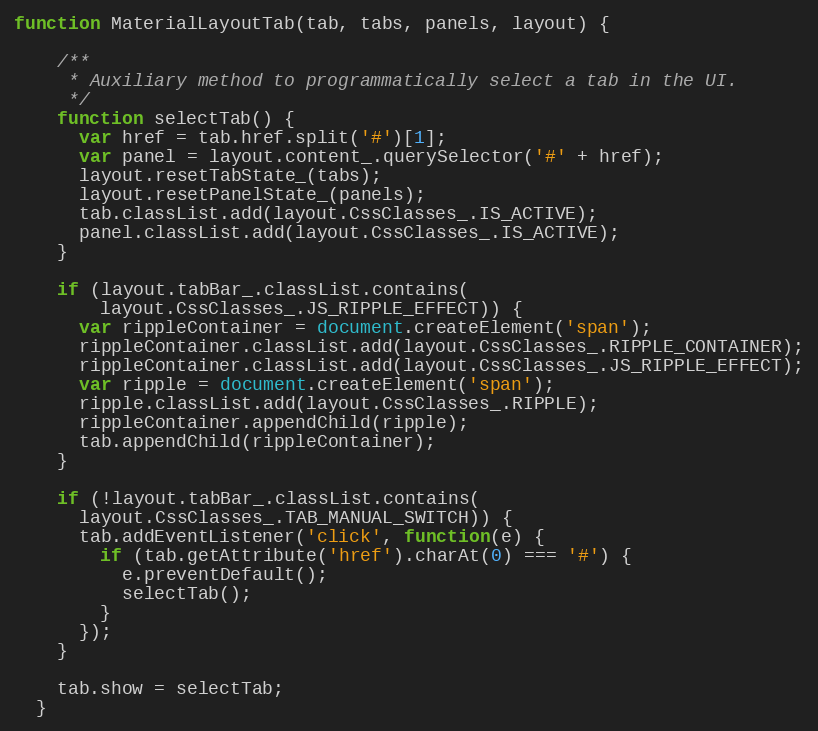
Language: JavaScript
function MaterialLayoutTab(tab, tabs, panels, layout) {

    /**
     * Auxiliary method to programmatically select a tab in the UI.
     */
    function selectTab() {
      var href = tab.href.split('#')[1];
      var panel = layout.content_.querySelector('#' + href);
      layout.resetTabState_(tabs);
      layout.resetPanelState_(panels);
      tab.classList.add(layout.CssClasses_.IS_ACTIVE);
      panel.classList.add(layout.CssClasses_.IS_ACTIVE);
    }

    if (layout.tabBar_.classList.contains(
        layout.CssClasses_.JS_RIPPLE_EFFECT)) {
      var rippleContainer = document.createElement('span');
      rippleContainer.classList.add(layout.CssClasses_.RIPPLE_CONTAINER);
      rippleContainer.classList.add(layout.CssClasses_.JS_RIPPLE_EFFECT);
      var ripple = document.createElement('span');
      ripple.classList.add(layout.CssClasses_.RIPPLE);
      rippleContainer.appendChild(ripple);
      tab.appendChild(rippleContainer);
    }

    if (!layout.tabBar_.classList.contains(
      layout.CssClasses_.TAB_MANUAL_SWITCH)) {
      tab.addEventListener('click', function(e) {
        if (tab.getAttribute('href').charAt(0) === '#') {
          e.preventDefault();
          selectTab();
        }
      });
    }

    tab.show = selectTab;
  }